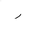
Letter: _ra